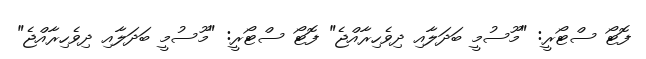
ފޮޓޯ ސްޓޯރީ: "މޫސުމީ ބަދަލާއި ދިވެހިރާއްޖެ" ފޮޓޯ ސްޓޯރީ: "މޫސުމީ ބަދަލާއި ދިވެހިރާއްޖެ"